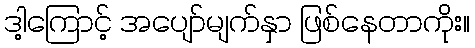
ဒါ့ကြောင့် အပျော်မျက်နှာ ဖြစ်နေတာကိုး။